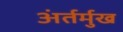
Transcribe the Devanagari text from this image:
अंर्तर्मुख